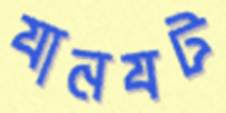
যানযট